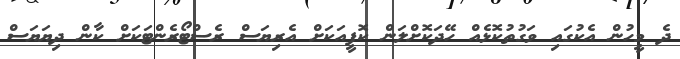
ދެ މީހުން އެކުގައި ވަގުތުކޮޅެއް ހޭދަކޮށްލަން ކޮފީއަކަށް އެރިޔަސް ރެސްޓޯރެންޓަކަށް ކާން ދިޔަޔަސް